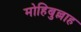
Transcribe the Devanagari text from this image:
मोहिबुल्लाह